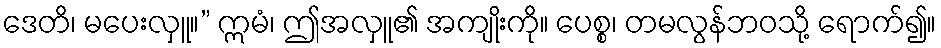
ဒေတိ၊ မပေးလှူ။” ဣမံ၊ ဤအလှူ၏ အကျိုးကို။ ပေစ္စ၊ တမလွန်ဘဝသို့ ရောက်၍။